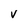
Character: v